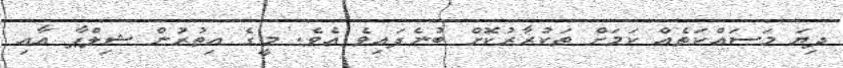
ދިޔަ މަސައްކަތެއް ކަމަށް ތަކުރާރުކޮށް ބުނެފައިވެ އެވެ. މީގެ އިތުރުން ޝިލްޕާ އާއި